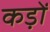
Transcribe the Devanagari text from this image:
कड़ों